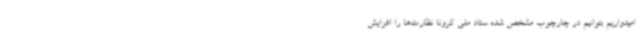
امیدواریم بتوانیم در چارچوب مشخص شده ستاد ملی کرونا نظارت‌ها را افزایش